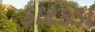
કાટકડા